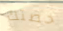
حصتك